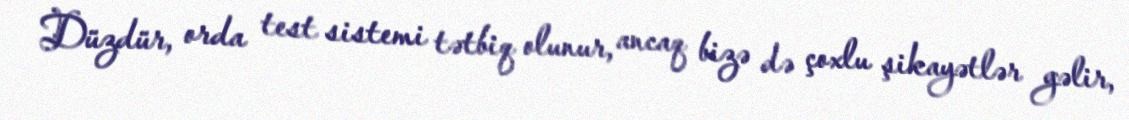
Düzdür, orda test sistemi tətbiq olunur, ancaq bizə də çoxlu şikayətlər gəlir,